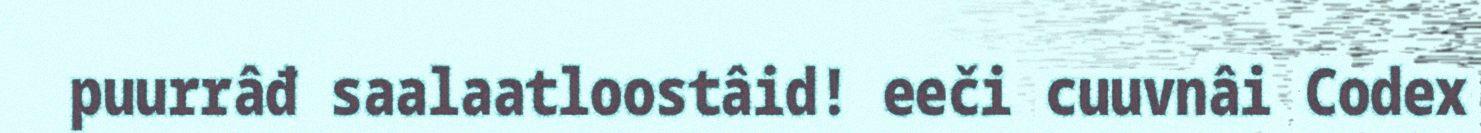
puurrâđ saalaatloostâid! eeči cuuvnâi Codex